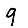
Digit: 9